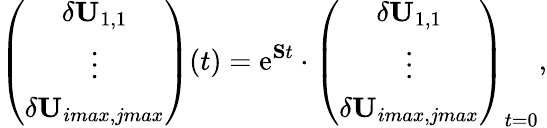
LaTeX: \left(\begin{array}{c}{\delta\mathbf{U}_{1,1}}\\ {\vdots}\\ {\delta\mathbf{U}_{imax,jmax}}\end{array}\right)(t)=\mathrm{e}^{\mathbf{S}t}\cdot\left(\begin{array}{c}{\delta\mathbf{U}_{1,1}}\\ {\vdots}\\ {\delta\mathbf{U}_{imax,jmax}}\end{array}\right)_{t=0},